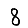
Digit: 8